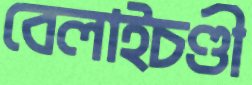
বেলাইচণ্ডী